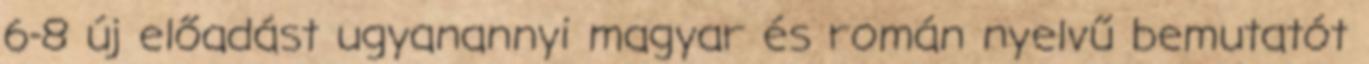
6-8 új előadást ugyanannyi magyar és román nyelvű bemutatót